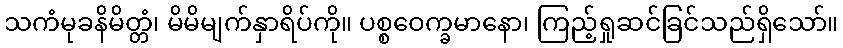
သကံမုခနိမိတ္တံ၊ မိမိမျက်နှာရိပ်ကို။ ပစ္စဝေက္ခမာနော၊ ကြည့်ရှုဆင်ခြင်သည်ရှိသော်။